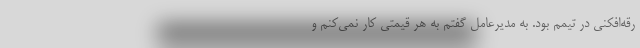
رقه‌افکنی در تیمم بود. به مدیرعامل گفتم به هر قیمتی کار نمی‌کنم و